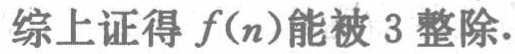
综上证得 \(f(n)\)能被 3 整除.